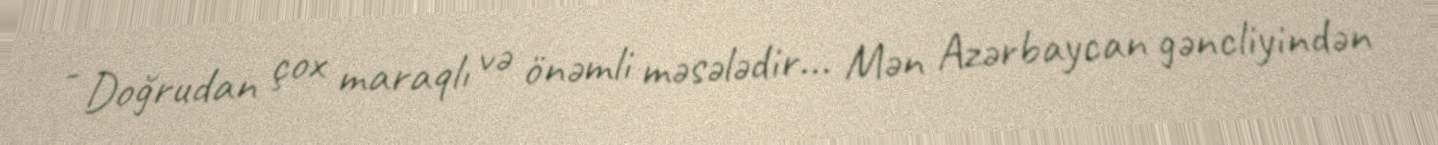
- Doğrudan çox maraqlı və önəmli məsələdir... Mən Azərbaycan gəncliyindən